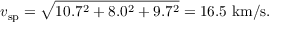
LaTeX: v _ { \mathrm { s p } } = { \sqrt { 1 0 . 7 ^ { 2 } + 8 . 0 ^ { 2 } + 9 . 7 ^ { 2 } } } = 1 6 . 5 ~ { \mathrm { k m / s } } .